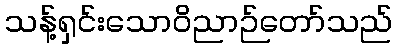
သန့်ရှင်းသောဝိညာဉ်တော်သည်